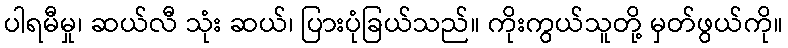
ပါရမီမှု၊ ဆယ်လီ သုံး ဆယ်၊ ပြားပုံခြယ်သည်။ ကိုးကွယ်သူတို့ မှတ်ဖွယ်ကို။